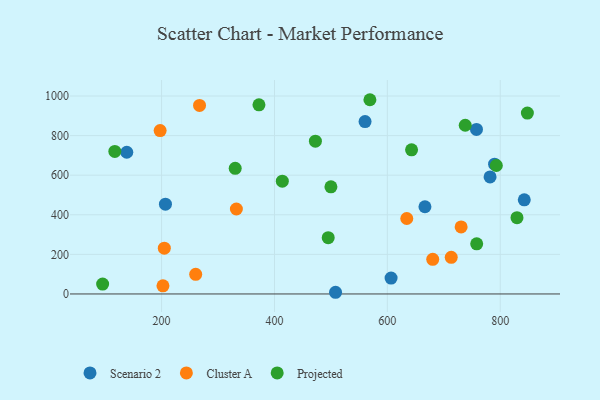
{"axis": {"x": "Engine Size", "y": "Profit"}, "legend": ["Cluster A", "Projected", "Scenario 2"], "data": [{"x": "606.6", "y": 80.2, "type": "Scenario 2"}, {"x": "138.3", "y": 715.9, "type": "Scenario 2"}, {"x": "508.2", "y": 8.5, "type": "Scenario 2"}, {"x": "842.6", "y": 475.4, "type": "Scenario 2"}, {"x": "790.0", "y": 655.5, "type": "Scenario 2"}, {"x": "782.0", "y": 591.2, "type": "Scenario 2"}, {"x": "757.9", "y": 831.1, "type": "Scenario 2"}, {"x": "206.8", "y": 453.8, "type": "Scenario 2"}, {"x": "560.5", "y": 870.9, "type": "Scenario 2"}, {"x": "666.6", "y": 440.5, "type": "Scenario 2"}, {"x": "204.8", "y": 231.1, "type": "Cluster A"}, {"x": "332.5", "y": 429.1, "type": "Cluster A"}, {"x": "267.2", "y": 952.7, "type": "Cluster A"}, {"x": "730.7", "y": 338.9, "type": "Cluster A"}, {"x": "634.4", "y": 381.3, "type": "Cluster A"}, {"x": "197.4", "y": 825.4, "type": "Cluster A"}, {"x": "680.4", "y": 174.8, "type": "Cluster A"}, {"x": "713.2", "y": 185.0, "type": "Cluster A"}, {"x": "260.4", "y": 99.2, "type": "Cluster A"}, {"x": "202.4", "y": 41.3, "type": "Cluster A"}, {"x": "738.0", "y": 852.4, "type": "Projected"}, {"x": "758.3", "y": 253.3, "type": "Projected"}, {"x": "500.0", "y": 541.5, "type": "Projected"}, {"x": "569.1", "y": 981.3, "type": "Projected"}, {"x": "372.5", "y": 955.7, "type": "Projected"}, {"x": "495.2", "y": 284.1, "type": "Projected"}, {"x": "848.1", "y": 913.7, "type": "Projected"}, {"x": "330.4", "y": 634.7, "type": "Projected"}, {"x": "117.1", "y": 720.2, "type": "Projected"}, {"x": "95.5", "y": 49.9, "type": "Projected"}, {"x": "793.1", "y": 649.1, "type": "Projected"}, {"x": "642.9", "y": 728.0, "type": "Projected"}, {"x": "829.7", "y": 385.3, "type": "Projected"}, {"x": "472.5", "y": 772.0, "type": "Projected"}, {"x": "413.9", "y": 569.8, "type": "Projected"}]}